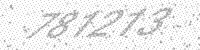
Solution: 781213